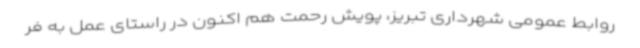
روابط عمومی شهرداری تبریز، پویش رحمت هم اکنون در راستای عمل به فر